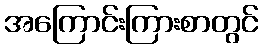
အကြောင်းကြားစာတွင်